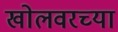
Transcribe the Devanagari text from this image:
खोलवरच्या